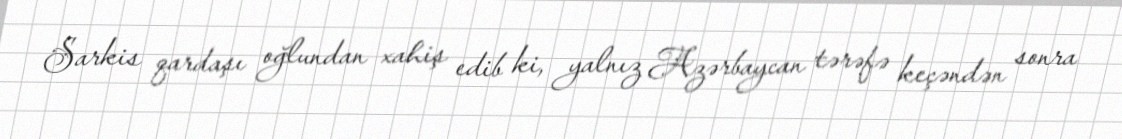
Sarkis qardaşı oğlundan xahiş edib ki, yalnız Azərbaycan tərəfə keçəndən sonra